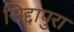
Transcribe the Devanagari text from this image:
सिद्दापुरा